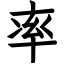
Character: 率